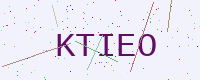
Text: KTIEO